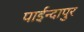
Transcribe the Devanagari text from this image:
पाईन्दापुर